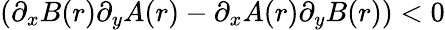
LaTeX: \left(\partial_{x}B(r)\partial_{y}A(r)-\partial_{x}A(r)\partial_{y}B(r)\right)<0